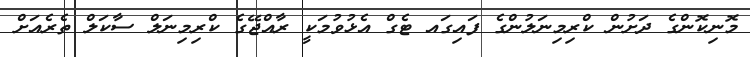
މޮނިކޮންގެ ދަށުން ކްރިމިނަލުންގެ ފައިގައ ޓެގް އެޅުވުމަކީ ރާއްޖޭގެ ކްރިމިނަލް ސާކަލް ތެރެއަށް